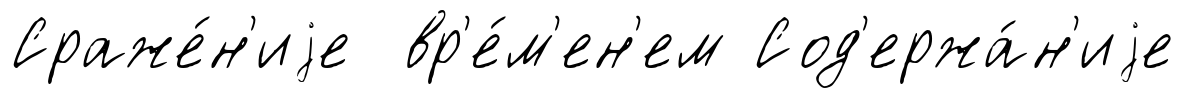
Сраже́н'иjе вр'е́м'ен'ем Сод'ержа́н'иjе